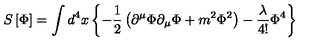
S \left[ \Phi \right] = \int d ^ { 4 } x \left\{ - \frac { 1 } { 2 } \left( \partial ^ { \mu } \Phi \partial _ { \mu } \Phi + m ^ { 2 } \Phi ^ { 2 } \right) - \frac \lambda { 4 ! } \Phi ^ { 4 } \right\}